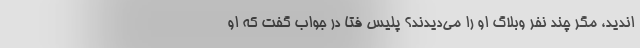
اندید، مگر چند نفر وبلاگ او را می‌دیدند؟ پلیس فتا در جواب گفت که او